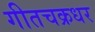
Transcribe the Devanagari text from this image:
गीतचक्रधर